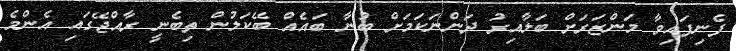
ފެނިފައިވާ މަންޒަރަށް ބަލާއިރު ދަންނަކަމަށް ބުނާ ބައެއް ބޭކަލުން ތިބެނީ ރާއްޖޭގައި އެންމެ